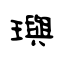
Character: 璵